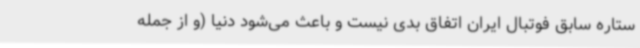
ستاره سابق فوتبال ایران اتفاق بدی نیست و باعث می‌شود دنیا (و از جمله